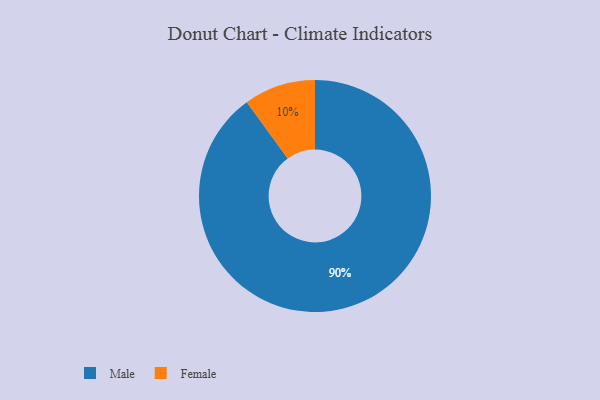
{"axis": {"x": "Category", "y": "Percentage"}, "legend": ["Female", "Male"], "data": [{"x": "Female", "y": 10, "type": "Female"}, {"x": "Male", "y": 90, "type": "Male"}]}